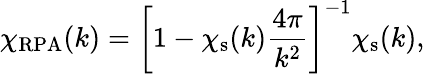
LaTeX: \chi_{\mathrm{RPA}}(k)=\left[1-\chi_{\mathrm{s}}(k)\frac{4\pi}{k^{2}}\right]^{-1}\chi_{\mathrm{s}}(k),